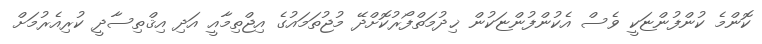
ކޮންމެ ކުންފުންޏަކީ ވެސް އެކުންފުންޏަކުން ޚިދުމަތްފޯރުކޮށްދޭ މުޖުތަމައުގެ އިޖްތިމާއީ އަދި އިޤްތިސާދީ ކުރިއެރުމަށް